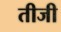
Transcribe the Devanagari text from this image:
तीजी